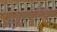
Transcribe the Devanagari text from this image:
मधुपुरीधन्या